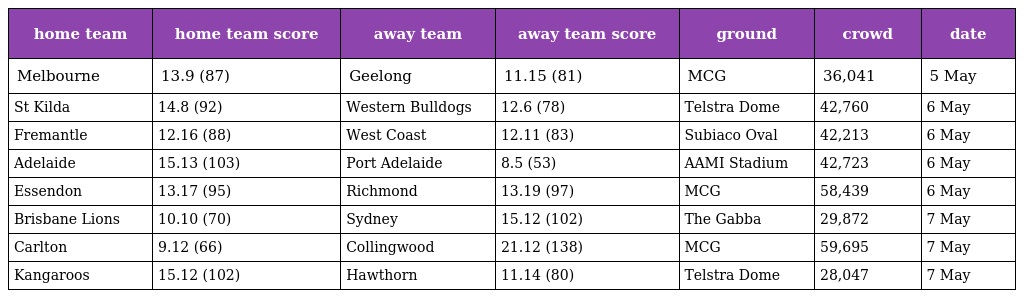
| home team | home team score | away team | away team score | ground | crowd | date |
 | --- | --- | --- | --- | --- | --- | --- |
 | Melbourne | 13.9 (87) | Geelong | 11.15 (81) | MCG | 36,041 | 5 May |
 | St Kilda | 14.8 (92) | Western Bulldogs | 12.6 (78) | Telstra Dome | 42,760 | 6 May |
 | Fremantle | 12.16 (88) | West Coast | 12.11 (83) | Subiaco Oval | 42,213 | 6 May |
 | Adelaide | 15.13 (103) | Port Adelaide | 8.5 (53) | AAMI Stadium | 42,723 | 6 May |
 | Essendon | 13.17 (95) | Richmond | 13.19 (97) | MCG | 58,439 | 6 May |
 | Brisbane Lions | 10.10 (70) | Sydney | 15.12 (102) | The Gabba | 29,872 | 7 May |
 | Carlton | 9.12 (66) | Collingwood | 21.12 (138) | MCG | 59,695 | 7 May |
 | Kangaroos | 15.12 (102) | Hawthorn | 11.14 (80) | Telstra Dome | 28,047 | 7 May |